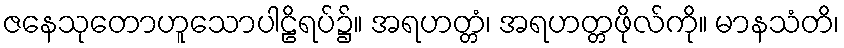
ဇနေသုတောဟူသောပါဠိရပ်၌။ အရဟတ္တံ၊ အရဟတ္တဖိုလ်ကို။ မာနသံတိ၊